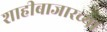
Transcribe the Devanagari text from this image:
शाहीबाजारच्या